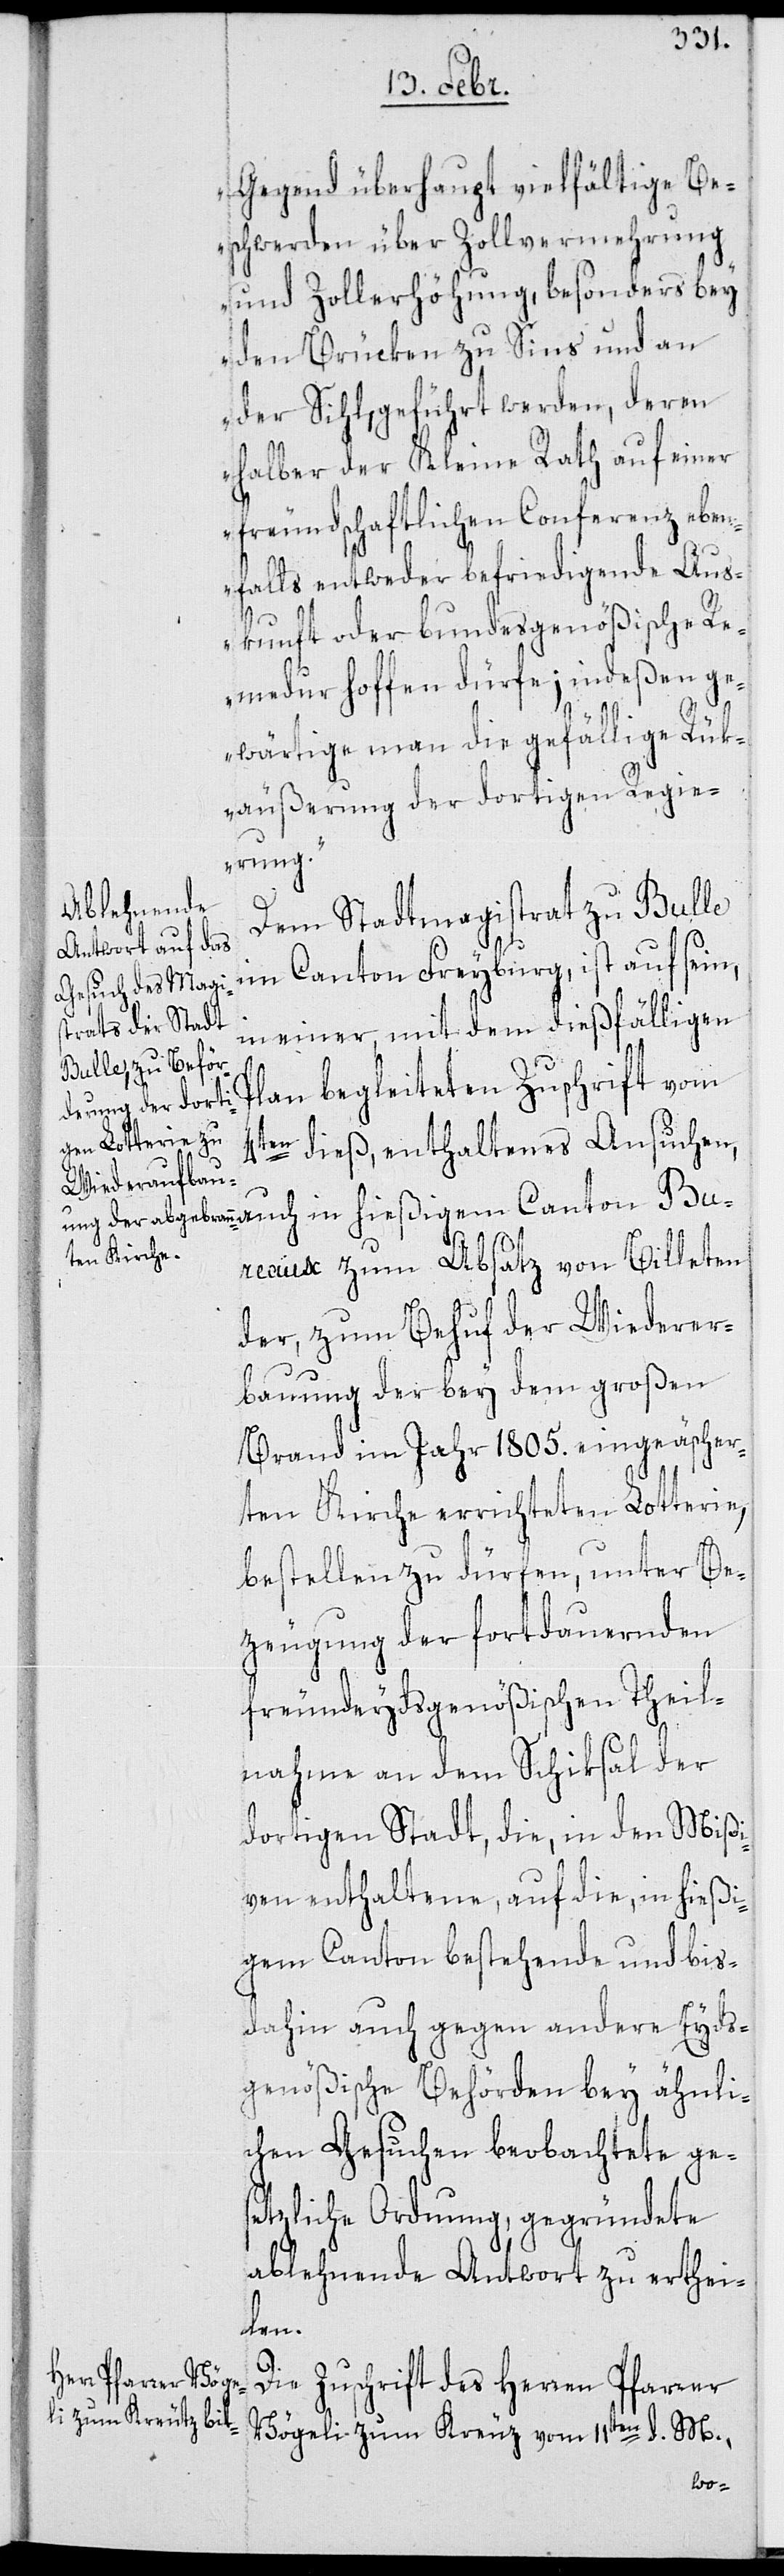
Gegend überhaupt vielfältige Be¬
schwerden über Zollvermehrung
und Zollerhöhung, besonders bey
den Brücken zu Sins und an
der Sihl, geführt werden, deren
halber der Kleine Rath auf einer
freundschaftlichen Conferenz eben¬
falls entweder befriedigende Aus¬
kunft oder bundesgenößische Re¬
medur hoffen dürfe; indeßen ge¬
wärtige man die gefällige Rük¬
äußerung der dortigen Regie¬
rung.“
Dem Stadtmagistrat zu Bulle
im Canton Freyburg, ist auf sein,
in einer mit dem dießfälligen
Plan begleiteten Zuschrift vom
4ten dieß, enthaltenes Ansuchen,
Bureaux zum Absatz von Billeten
der, zum Behuf der Wiederer¬
bauung der bey dem großen
Brand im Jahr 1805. eingeschäscher¬
ten Kirche errichteten Lotterie,
bestellen zu dürfen, unter Be¬
zeugung der fortdauernden
freundeydsgenößischen Theil¬
nahme an dem Schiksal der
dortigen Stadt, die in den Mißi¬
ven enthaltene, auf die, in hießi¬
gem Canton bestehende und bis¬
dahin auch gegen andere Eyds¬
genößische Behörden bey ähnli¬
chen Gesuchen beobachtete ge¬
setzliche Ordnung, gegründete
ablehnende Antwort zu erthei¬
len.
Die Zuschrift des Herren Pfarrer
Vögeli zum Kreuz vom 11ten d. M.,